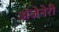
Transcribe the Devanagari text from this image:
अंजेनेरी